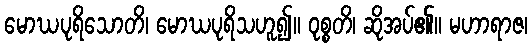
မောဃပုရိသောတိ၊ မောဃပုရိသဟူ၍။ ဝုစ္စတိ၊ ဆိုအပ်၏။ မဟာရာဇ၊